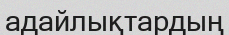
адайлықтардың